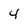
Character: 4